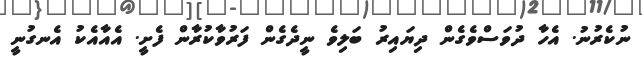
ނުކެރުނު. އެހާ ދުވަސްވެގެން ދިޔައިރު ބަލިވެ ނީދެގެން ފަރުވާކުރާން ފެށީ. އެއާއެކު އެނގުނީ